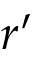
r ^ { \prime }